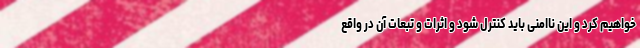
خواهیم کرد و این ناامنی باید کنترل شود و اثرات و تبعات آن در واقع